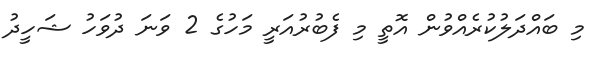
މި ބައްދަލުކުރެއްވުން އޮތީ މި ފެބުރުއަރީ މަހުގެ 2 ވަނަ ދުވަހު ޝަހީދު